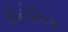
ફોટોનિક